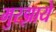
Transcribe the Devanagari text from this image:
मुरझाये